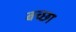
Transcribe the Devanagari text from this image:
बच्छा